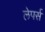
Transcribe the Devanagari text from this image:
लेपर्स